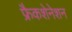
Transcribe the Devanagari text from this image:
फ्रैकशेनेशन